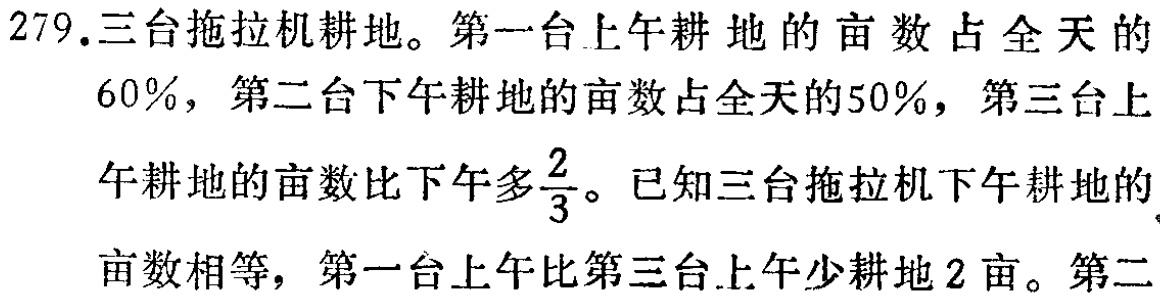
279.三台拖拉机耕地。第一台上午耕地的亩数占全天的

$60\%$，第二台下午耕地的亩数占全天的$50\%$，第三台上

午耕地的亩数比下午多$\frac{2}{3}$。已知三台拖拉机下午耕地的

亩数相等，第一台上午比第三台上午少耕地2亩。第二